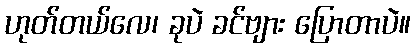
ဟုတ်တယ်လေ၊ ခုပဲ ခင်ဗျား ပြောတာပဲ။